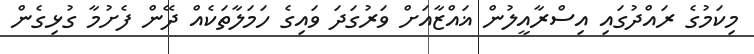
މިކަމުގެ ރައްދުގައި އިސްރާއީލުން ޣައްޒާއަށް ވަރުގަދަ ވައިގެ ހަމަލާތަކެއް ދޭން ފެށުމާ ގުޅިގެން